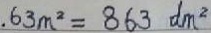
. 6 3 m ^ { 2 } = 8 6 3 d m ^ { 2 }